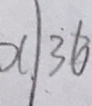
x \vert 3 6